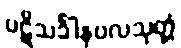
ပဋိသင်္ခါနဗလသုတ္တံ